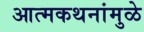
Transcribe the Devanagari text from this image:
आत्मकथनांमुळे